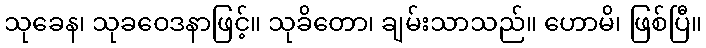
သုခေန၊ သုခဝေဒနာဖြင့်။ သုခိတော၊ ချမ်းသာသည်။ ဟောမိ၊ ဖြစ်ပြီ။